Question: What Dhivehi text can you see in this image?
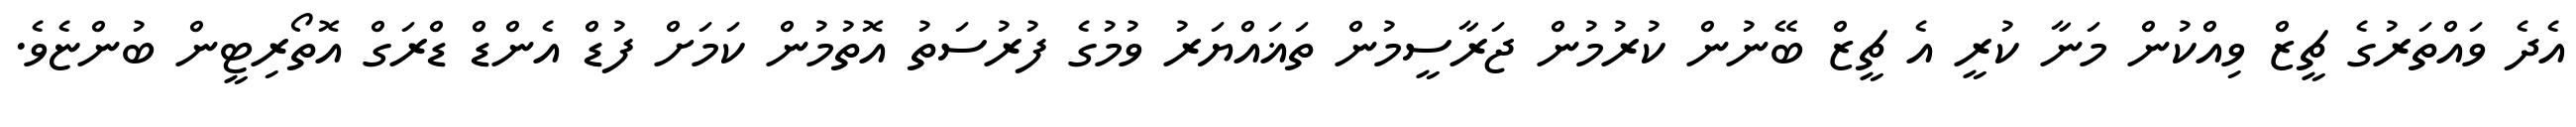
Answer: އެދެ ވައްތަރުގެ ޗީޒް ވިއްކުން މަނާ ކުރީ އެ ޗީޒް ބޭނުން ކުރުމުން ޖަރާސީމުން ތަޣައްޔަރު ވުމުގެ ފުރުސަތު އޮތުމުން ކަމަށް ފުޑް އެންޑް ޑްރަގް އޮތޯރިޓީން ބުންޏެވެ.